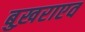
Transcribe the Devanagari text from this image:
बुख़राएव